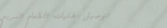
توصيل طلبات الطعام السريع